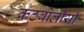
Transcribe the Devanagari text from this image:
कठबोलीयाँ